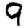
Digit: 9